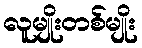
လူမျိုးတစ်မျိုး